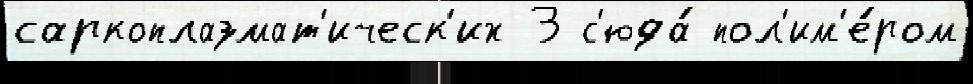
саркоплазмат'ическ'их 3 с'юда́ пол'им'е́ром